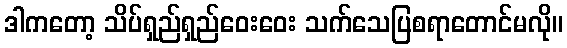
ဒါကတော့ သိပ်ရှည်ရှည်ဝေးဝေး သက်သေပြစရာတောင်မလို။